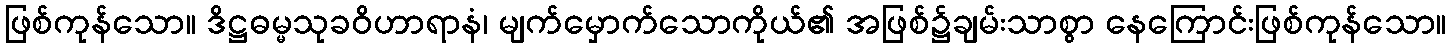
ဖြစ်ကုန်သော။ ဒိဋ္ဌဓမ္မသုခဝိဟာရာနံ၊ မျက်မှောက်သောကိုယ်၏ အဖြစ်၌ချမ်းသာစွာ နေကြောင်းဖြစ်ကုန်သော။